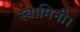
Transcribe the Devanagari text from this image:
स्वामिनी।